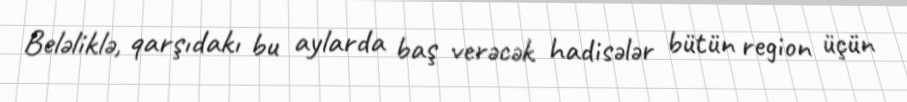
Beləliklə, qarşıdakı bu aylarda baş verəcək hadisələr bütün region üçün